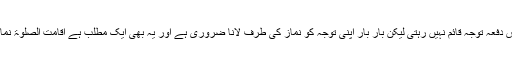
اس میں کوئی شک نہیں کہ نماز میں بعض دفعہ توجہ قائم نہیں رہتی لیکن بار بار اپنی توجہ کو نماز کی طرف لانا ضروری ہے اور یہ بھی ایک مطلب ہے اقامت الصلوۃ نماز کے کھڑی کرنے کا، نماز کے قیام کا۔